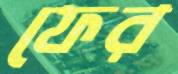
ফের